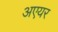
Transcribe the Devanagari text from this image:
अएयर